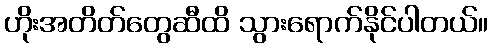
ဟိုးအတိတ်တွေဆီထိ သွားရောက်နိုင်ပါတယ်။